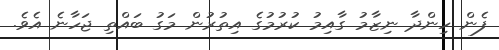
ފެން ހިންދާ ނިޒާމު ގާއިމު ކުރުމުގެ އިތުރުން މަގު ބައްތި ޖަހާނެ އެވެ.